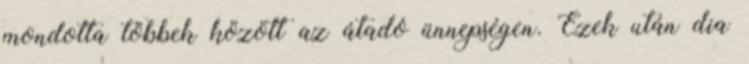
mondotta többek között az átadó ünnepségen. Ezek után dia